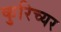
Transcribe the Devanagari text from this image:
कुरिच्यर